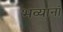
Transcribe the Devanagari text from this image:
भव्यानां